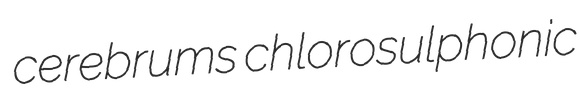
cerebrums chlorosulphonic